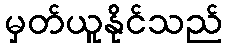
မှတ်ယူနိုင်သည်